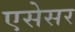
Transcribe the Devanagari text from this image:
एसेसर